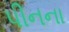
પીનના